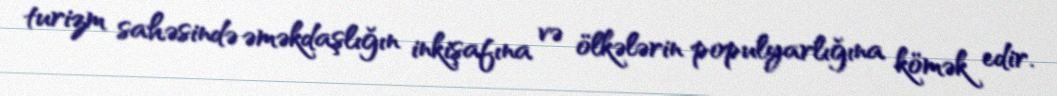
turizm sahəsində əməkdaşlığın inkişafına və ölkələrin populyarlığına kömək edir.